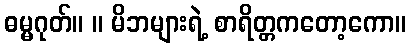
ဓမ္မဂုတ်။ ။ မိဘများရဲ့ စာရိတ္တကတော့ကော။